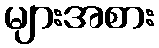
များအစား